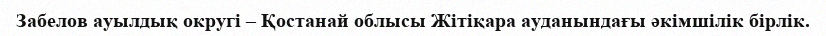
Забелов ауылдық округі – Қостанай облысы Жітіқара ауданындағы әкімшілік бірлік.